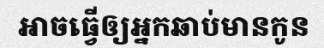
អាចធ្វើឲ្យអ្នកឆាប់មានកូន